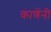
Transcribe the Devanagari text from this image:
काणेंनी